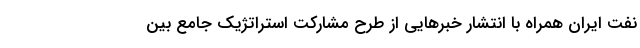
نفت ایران همراه با انتشار خبرهایی از طرح مشارکت استراتژیک جامع بین